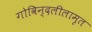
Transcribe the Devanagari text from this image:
गोविन्दलीलामृत